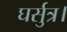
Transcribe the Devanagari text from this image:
घर्सुत्र।